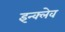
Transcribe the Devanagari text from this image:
इन्क्लेव